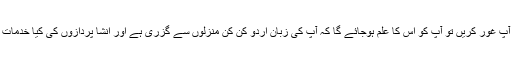
اگر آپ غور کریں تو آپ کو اس کا علم ہوجائے گا کہ آپ کی زبان اردو کن کن منزلوں سے گزری ہے اور انشا پردازوں کی کیا خدمات ہیں۔